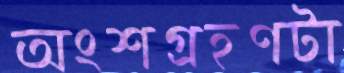
অংশগ্রহণটা